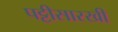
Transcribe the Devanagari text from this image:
पट्टीसारखी